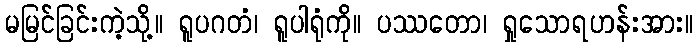
မမြင်ခြင်းကဲ့သို့။ ရူပဂတံ၊ ရူပါရုံကို။ ပဿတော၊ ရှုသောရဟန်းအား။